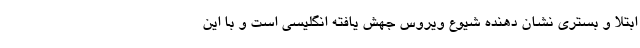
ابتلا و بستری نشان دهنده شیوع ویروس جهش یافته انگلیسی است و با این